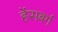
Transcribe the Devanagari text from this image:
हेंसबर्ग